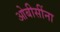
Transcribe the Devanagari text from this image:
ओबीसींना